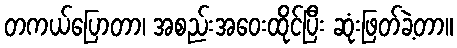
တကယ်ပြောတာ၊ အစည်းအဝေးထိုင်ပြီး ဆုံးဖြတ်ခဲ့တာ။